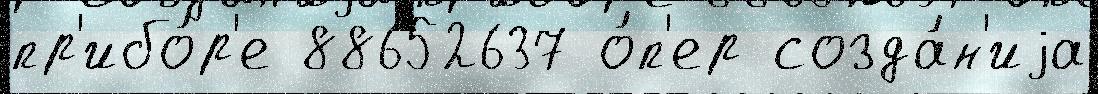
пр'ибо́р'е 88652637 о́п'ер созда́н'иjа